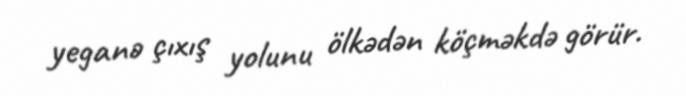
yeganə çıxış yolunu ölkədən köçməkdə görür.